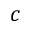
c